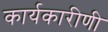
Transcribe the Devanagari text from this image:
कार्यकारीणी